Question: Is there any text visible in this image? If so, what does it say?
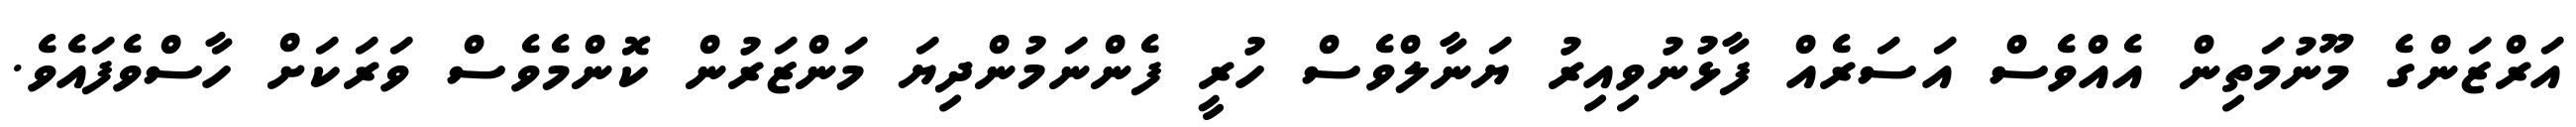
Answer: އަރްޒަންގެ މޫނުމަތިން އެއްވެސް އަސަރެއް ފާޅުނުވިއިރު ޔަނާލްވެސް ހުރީ ފެންނަމުންދިޔަ މަންޒަރުން ކޮންމެވެސް ވަރަކަށް ހާސްވެފައެވެ.